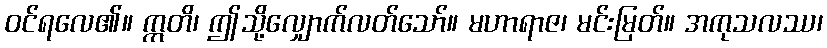
ဝင်ရလေ၏။ ဣတိ၊ ဤသို့လျှောက်လတ်သော်။ မဟာရာဇ၊ မင်းမြတ်။ အကုသလဿ၊